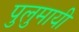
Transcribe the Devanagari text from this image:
पुलुमायी